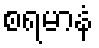
စရမာနံ